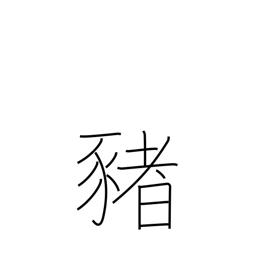
Meaning: pig